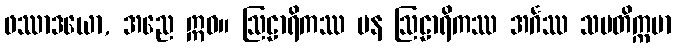
ဖဿာဒယော, အညေ ဣဓ။ ဩဠာရိကဿ ပန ဩဠာရိကဿ အင်္ဂဿ သမတိက္ကမာ